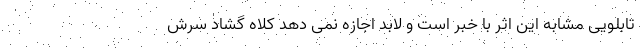
تابلویی مشابه این اثر با خبر است و لابد اجازه نمی دهد کلاه گشاد سرش